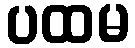
ပထမ